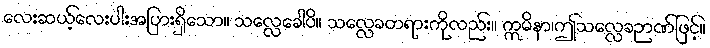
လေးဆယ့်လေးပါးအပြားရှိသော။ သလ္လေခေါပိ။ သလ္လေခတရားကိုလည်း။ ဣမိနာ၊ဤသလ္လေခဉာဏ်ဖြင့်။